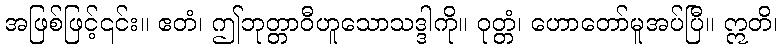
အဖြစ်ဖြင့်၎င်း။ ဧတံ၊ ဤဘုတ္တာဝီဟူသောသဒ္ဒါကို။ ဝုတ္တံ၊ ဟောတော်မူအပ်ပြီ။ ဣတိ၊